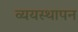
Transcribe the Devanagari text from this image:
व्ययस्थापन